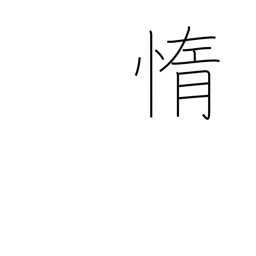
Meaning: lazy